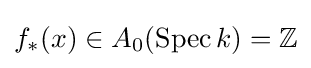
f_{*}(x)\in A_{0}(\operatorname {Spec} k)=\mathbb {Z}